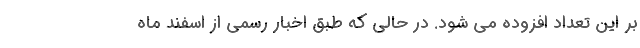
بر این تعداد افزوده می شود. در حالی که طبق اخبار رسمی از اسفند ماه